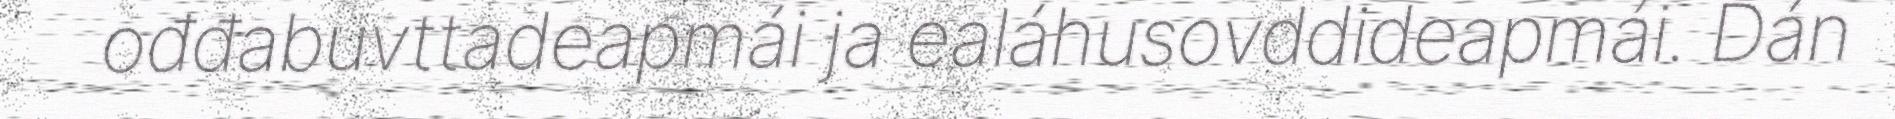
ođđabuvttadeapmái ja ealáhusovddideapmái. Dán